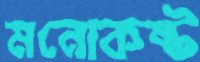
মনোকষ্ট